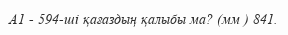
А1 - 594-шi қағаздың қалыбы ма? (мм ) 841.